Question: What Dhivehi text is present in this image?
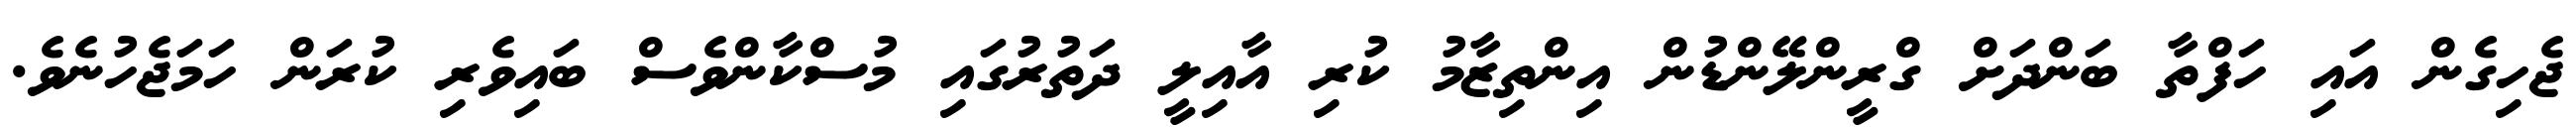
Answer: ޖެހިގެން އައި ހަފްތާ ބަންދަށް ގްރީންލޭންޑުން އިންތިޒާމު ކުރި އާއިލީ ދަތުރުގައި މުސްކާންވެސް ބައިވެރި ކުރަން ހަމަޖެހުނެވެ.